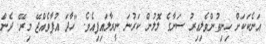
އަނެކަކަށް ހިނިތުންވެލިއިރު ސަނާގެ ލޮލުން ކަރުނަ ނީރާލައިފިއެވެ. "ހާދަ އުފާވެއްޖޭ މިރޭ. ދެން